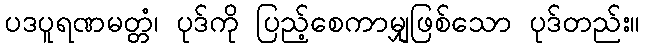
ပဒပူရဏမတ္တံ၊ ပုဒ်ကို ပြည့်စေကာမျှဖြစ်သော ပုဒ်တည်း။